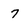
Character: 7